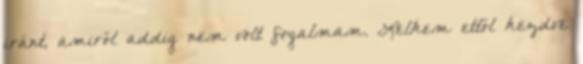
iránt, amiről addig nem volt fogalmam. Lelkem ettől kezdve